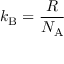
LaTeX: k _ { \mathrm { B } } = { \frac { R } { N _ { \mathrm { A } } } }